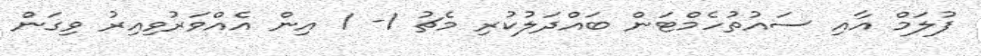
ފުލަމް އާއި ސައުތުހެމްޓަން ބައްދަލުކުރި މެޗު 1- 1 އިން އެއްވަރުވިއިރު ވިގަން